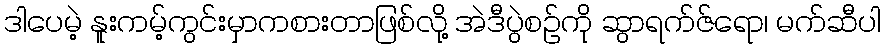
ဒါပေမဲ့ နူးကမ့်ကွင်းမှာကစားတာဖြစ်လို့ အဲဒီပွဲစဉ်ကို ဆွာရက်ဇ်ရော၊ မက်ဆီပါ